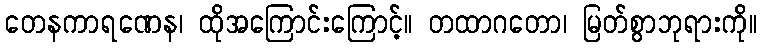
တေနကာရဏေန၊ ထိုအကြောင်းကြောင့်။ တထာဂတော၊ မြတ်စွာဘုရားကို။